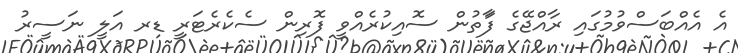
އެ އެއްބަސްވުމުގައި ރާއްޖޭގެ ފަާތުން ސޮއިކުރެއްވީ ފޮރިން ސެކެރެޓަރީ ޑރ އަލީ ނަސީރު